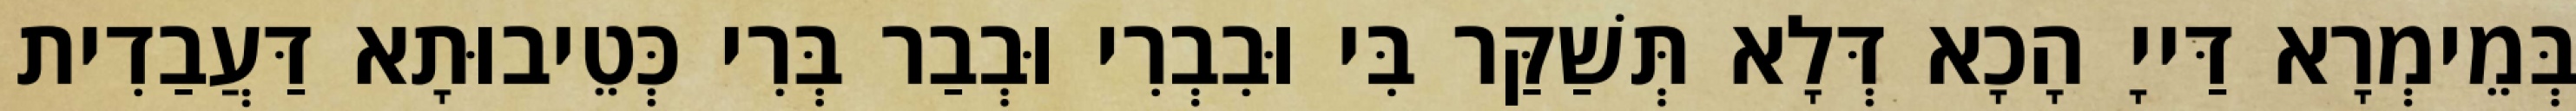
בְּמֵימְרָא דַּייָ הָכָא דְּלָא תְּשַׁקַּר בִּי וּבִבְרִי וּבְבַר בְּרִי כְּטֵיבוּתָא דַּעֲבַדִית